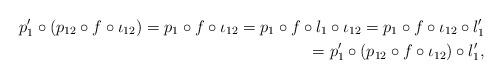
LaTeX: \begin{align*} p'_{1}\circ (p_{12}\circ f\circ \iota_{12})=p_{1}\circ f\circ \iota_{12}=p_{1}\circ f\circ l_{1}\circ \iota_{12} =p_{1}\circ f\circ \iota_{12}\circ l'_{1}\\ =p'_{1}\circ (p_{12}\circ f\circ \iota_{12})\circ l'_{1},\end{align*}